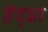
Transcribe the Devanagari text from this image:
हेंद्य्रा